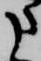
申